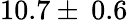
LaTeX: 10.7\pm\: 0.6